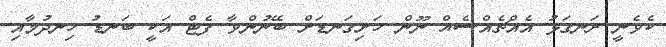
ކެވެނީ ރަނގަޅު އެއްޗެއްސެއް ނޫން ހަށިގަނޑަށް ބޭނުންވާ ފެޓް އަކީ ބަނޑު ހިނދުމާއި